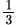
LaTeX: {}_{\frac{1}{3}}